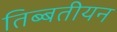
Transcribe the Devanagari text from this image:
तिब्‍बतीयन